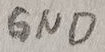
Text: GND